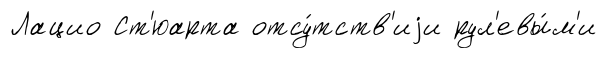
Лацио Ст'юарта отсу́тств'иjи рул'евы́м'и